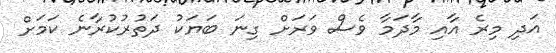
އަދި މިރެ އާއި މާދަމާ ވެސް ވަރަށް ގިނަ ބަޔަކު ދަތުރުކުރާނެ ކަމަށް